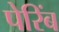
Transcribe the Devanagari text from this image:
पेरिंब